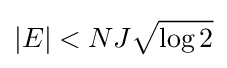
|E|<NJ{\sqrt {\log 2}}